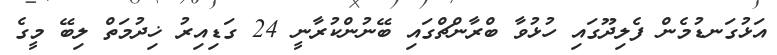
އަޅުގަނޑުމެން ފެލިދޫގައި ހުޅުވާ ބްރާންޗްގައި ބޭނުންކުރާނީ 24 ގަޑިއިރު ޚިދުމަތް ލިބޭ މީގެ